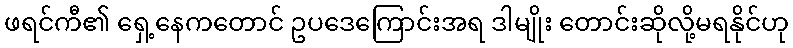
ဖရင်ကီ၏ ရှေ့နေကတောင် ဥပဒေကြောင်းအရ ဒါမျိုး တောင်းဆိုလို့မရနိုင်ဟု